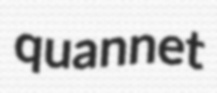
quannet